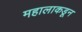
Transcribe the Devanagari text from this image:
महालाकडून